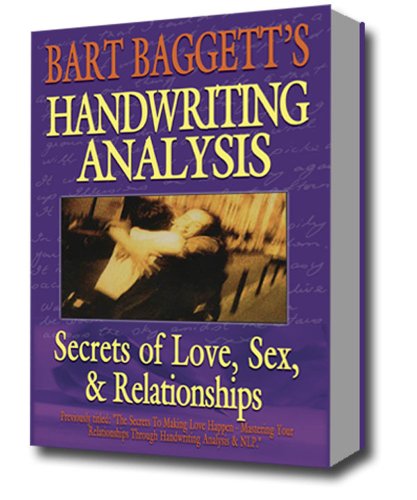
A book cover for The Secrets of Making Love Happen: How to Find, Attract & Choose Your Perfect Mate Using Handwriting Analysis & Neuro-Linguistic Programming; Bart A. Baggett; Self-Help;